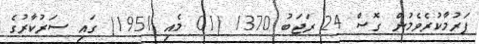
ފަރުމާކުރެވެމުން ގޮސް 24 ރަޖަބު 1370 (01 މެއި 1951) ގައި ސަރުކާރުގެ